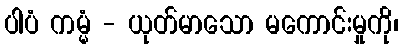
ပါပံ ကမ္မံ - ယုတ်မာသော မကောင်းမှုကို၊